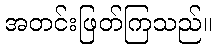
အတင်းဖြတ်ကြသည်။